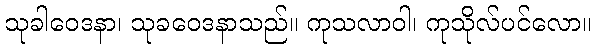
သုခါဝေဒနာ၊ သုခဝေဒနာသည်။ ကုသလာဝါ၊ ကုသိုလ်ပင်လော။